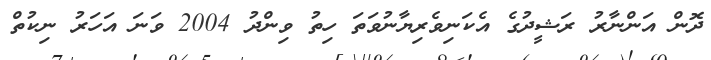
ދޮން އަންނާރު ރަޝީދުގެ އެކަނިވެރިޔާނުވަތަ ހިތު ވިންދު 2004 ވަނަ އަހަރު ނިކުތް